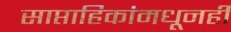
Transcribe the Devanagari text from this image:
साप्ताहिकांमधूनही